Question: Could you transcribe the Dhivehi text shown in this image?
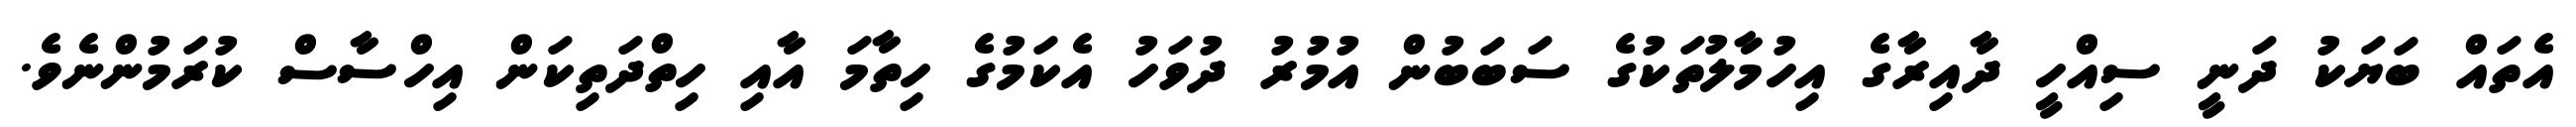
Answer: އެތައް ބަޔަކު ދަނީ ސިއްހީ ދާއިރާގެ އިހުމާލުތަކުގެ ސަބަބުން އުމުރު ދުވަހު އެކަމުގެ ހިތާމަ އާއި ހިތްދަތިކަން އިހްސާސް ކުރަމުންނެވެ.